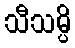
သီသမ္ပိ